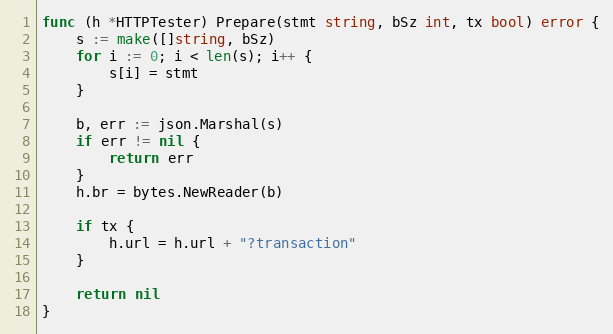
Language: Go
func (h *HTTPTester) Prepare(stmt string, bSz int, tx bool) error {
	s := make([]string, bSz)
	for i := 0; i < len(s); i++ {
		s[i] = stmt
	}

	b, err := json.Marshal(s)
	if err != nil {
		return err
	}
	h.br = bytes.NewReader(b)

	if tx {
		h.url = h.url + "?transaction"
	}

	return nil
}